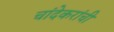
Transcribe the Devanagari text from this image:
चांदेकरांची